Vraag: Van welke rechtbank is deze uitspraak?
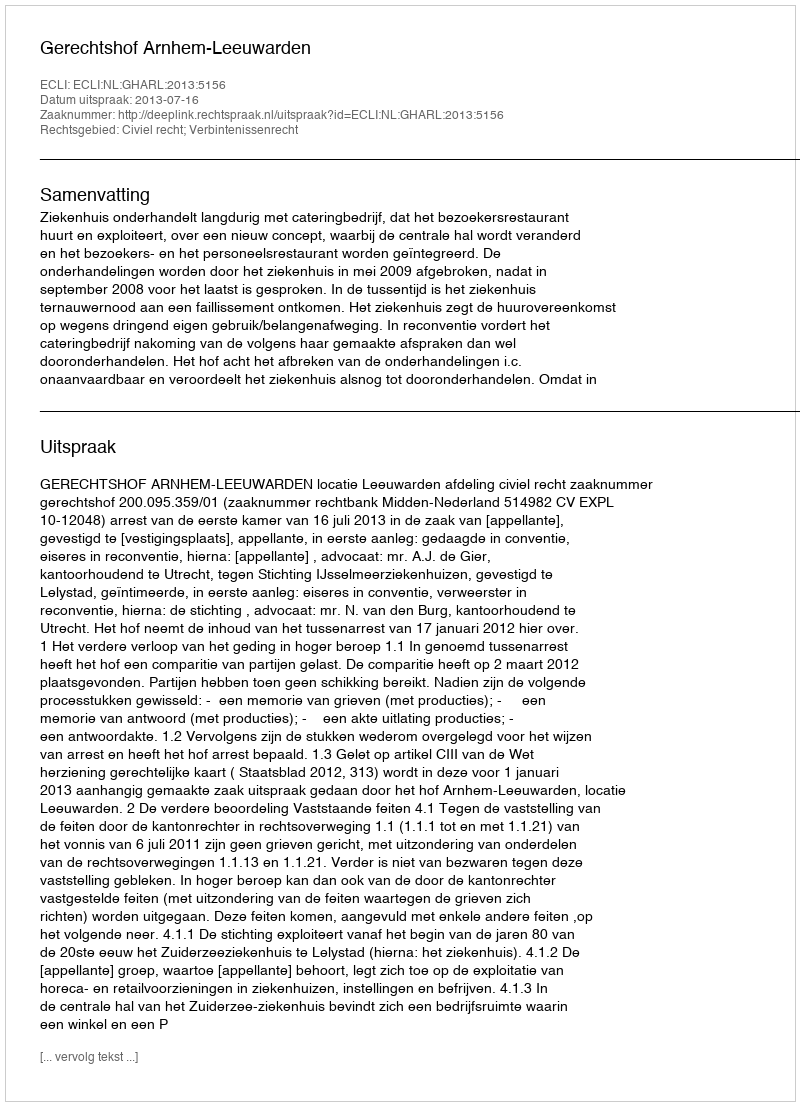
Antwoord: Gerechtshof Arnhem-Leeuwarden